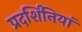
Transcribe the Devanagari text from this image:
प्रदर्शिनियां